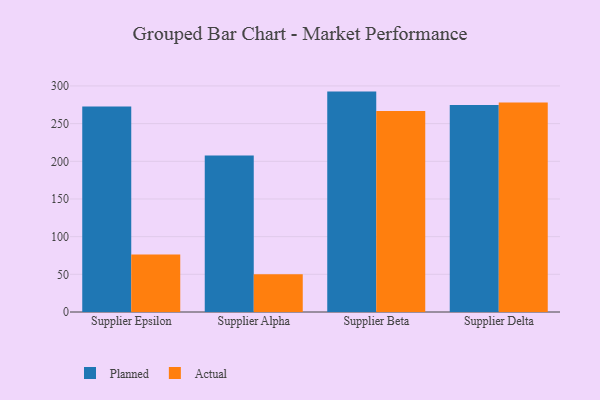
{"axis": {"x": "Supplier", "y": "Tickets Resolved"}, "legend": ["Actual", "Planned"], "data": [{"x": "Supplier Epsilon", "y": 272.6, "type": "Planned"}, {"x": "Supplier Epsilon", "y": 76.2, "type": "Actual"}, {"x": "Supplier Alpha", "y": 207.6, "type": "Planned"}, {"x": "Supplier Alpha", "y": 50.1, "type": "Actual"}, {"x": "Supplier Beta", "y": 292.5, "type": "Planned"}, {"x": "Supplier Beta", "y": 266.6, "type": "Actual"}, {"x": "Supplier Delta", "y": 274.6, "type": "Planned"}, {"x": "Supplier Delta", "y": 278.1, "type": "Actual"}]}